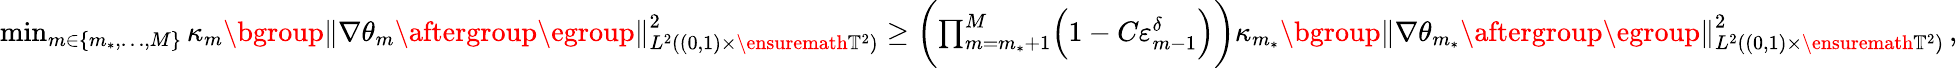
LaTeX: \begin{array}{r}{\operatorname*{min}_{m\in\{ m_{*},\ldots,M\} }\kappa_{m}\mathopen{}\mathclose\bgroup\left\| \nabla\theta_{m}\aftergroup\egroup\right\| _{L^{2}((0,1)\times\ensuremath{\mathbb{T}}^{2})}^{2}\geq\biggl(\prod_{m=m_{*}+1}^{M}\Bigl(1-C\varepsilon_{m-1}^{\delta}\Bigr)\biggr)\kappa_{m_{*}}\mathopen{}\mathclose\bgroup\left\| \nabla\theta_{m_{*}}\aftergroup\egroup\right\| _{L^{2}((0,1)\times\ensuremath{\mathbb{T}}^{2})}^{2}\, ,}\end{array}